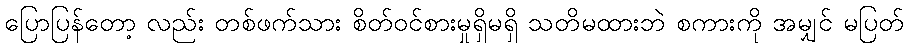
ပြောပြန်တော့ လည်း တစ်ဖက်သား စိတ်ဝင်စားမှုရှိမရှိ သတိမထားဘဲ စကားကို အမျှင် မပြတ်